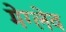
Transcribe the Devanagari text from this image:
मेग्लेव